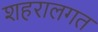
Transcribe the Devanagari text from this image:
शहरालगत